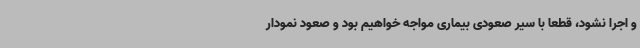
و اجرا نشود، قطعا با سیر صعودی بیماری مواجه خواهیم بود و صعود نمودار